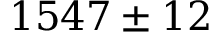
1 5 4 7 \pm 1 2